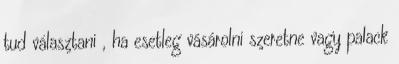
tud választani , ha esetleg vásárolni szeretne vagy palack